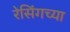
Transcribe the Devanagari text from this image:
रेसिंगच्या